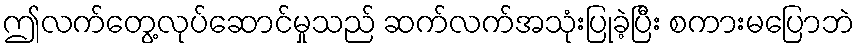
ဤလက်တွေ့လုပ်ဆောင်မှုသည် ဆက်လက်အသုံးပြုခဲ့ပြီး စကားမပြောဘဲ